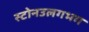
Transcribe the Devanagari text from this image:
स्टोनउलगभग